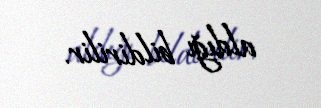
aldığı bildirilir.